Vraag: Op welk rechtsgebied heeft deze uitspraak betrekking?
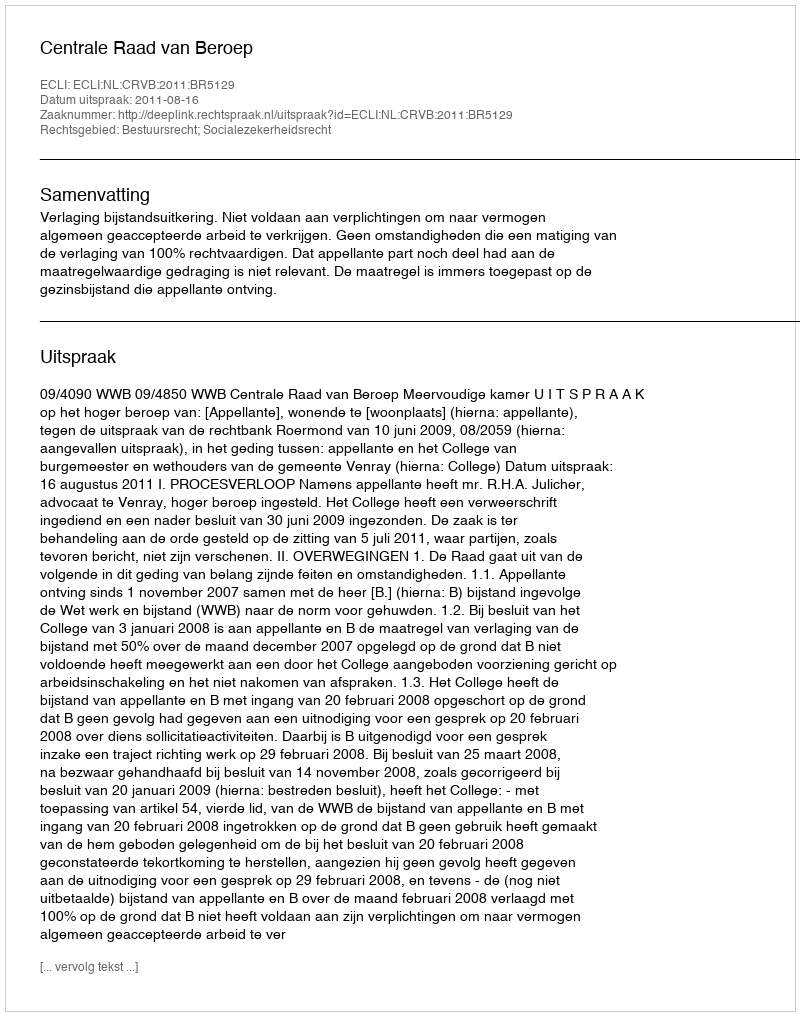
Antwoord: Bestuursrecht; Socialezekerheidsrecht